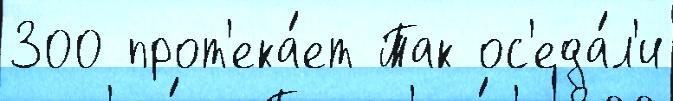
300 прот'ека́ет Так ос'еда́л'и